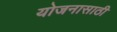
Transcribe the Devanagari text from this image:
योजनासाठी